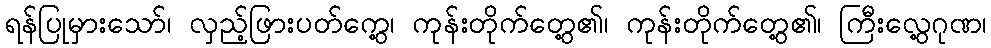
ရန်ပြုမှားသော်၊ လှည့်ဖြားပတ်ကွေ့၊ ကုန်းတိုက်တွေ့၏၊ ကုန်းတိုက်တွေ့၏၊ ကြီးလွေ့ဂုဏ၊